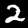
Digit: 2